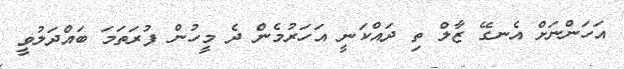
އަހަންނަށް އެނގޭ ޒާލް ތި ދައްކަނީ އަހަރުމެން ދެ މީހުން ފުރަތަމަ ބައްދަލުވީ